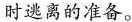
时逃离的准备。